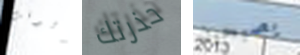
الوقت حذرتك يصبحون